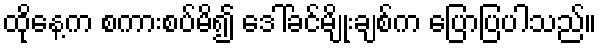
ထိုနေ့က စကားစပ်မိ၍ ဒေါ်ခင်မျိုးချစ်က ပြောပြပါသည်။